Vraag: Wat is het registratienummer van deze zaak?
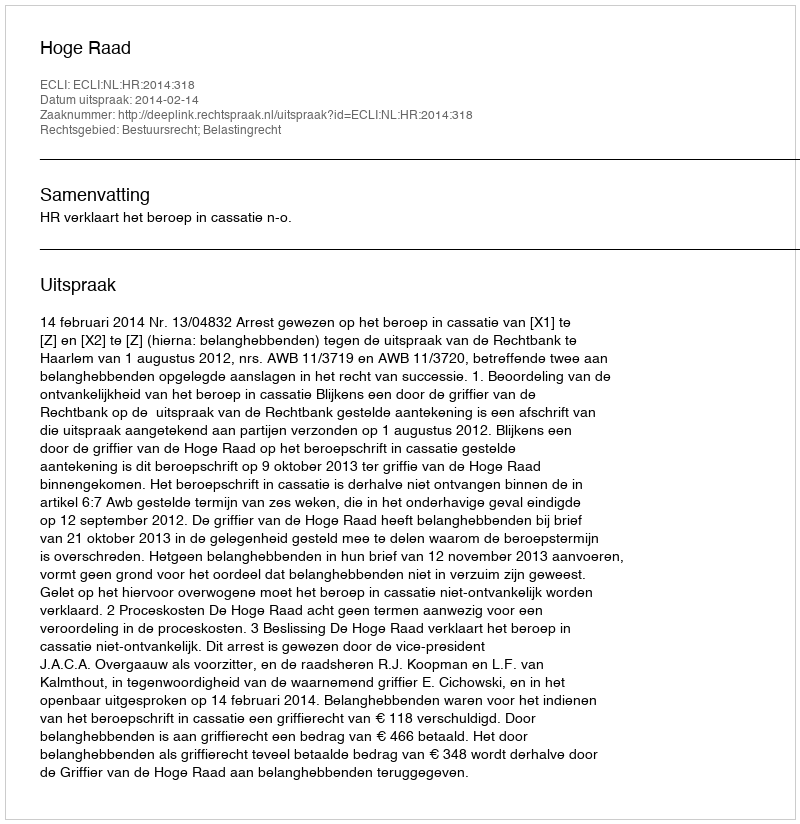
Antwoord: http://deeplink.rechtspraak.nl/uitspraak?id=ECLI:NL:HR:2014:318